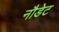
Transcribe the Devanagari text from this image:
नौडेट